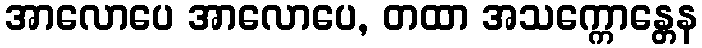
အာလောပေ အာလောပေ, တထာ အသက္ကောန္တေန